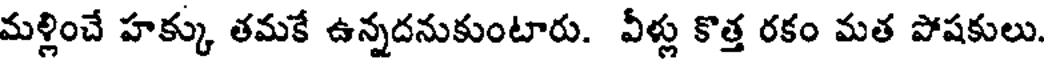
మళ్లించే హక్కు తమకే ఉన్నదనుకుంటారు. వీళ్లు కొత్త రకం మత పోషకులు.